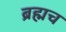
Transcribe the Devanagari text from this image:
ब्रह्मच